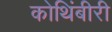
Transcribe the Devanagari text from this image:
कोथिंबीरी